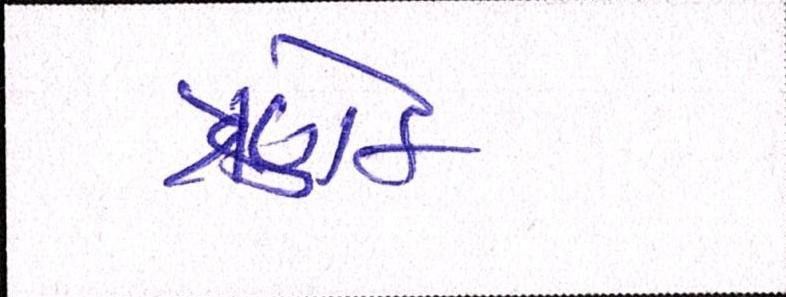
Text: ત્રણેક